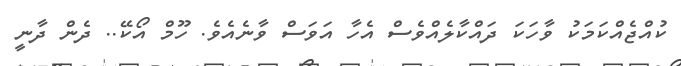
ކުއްޖެއްކަމަކު ވާހަކަ ދައްކާލެއްވެސް އެހާ އަވަސް ވާނެއެވެ. ހޫމް އޯކޭ.. ދެން ދާނީ